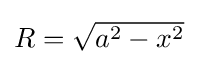
{\textstyle R={\sqrt {a^{2}-x^{2}}}}